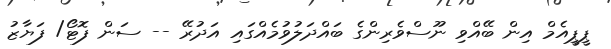
ޕީޕީއެމް އިން ބޭއްވި ނޫސްވެރިންގެ ބައްދަލުވުމެއްގައި އަދުރޭ -- ސަން ފޮޓޯ/ ފަޔާޒު